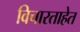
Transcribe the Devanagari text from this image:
विचारताहेत